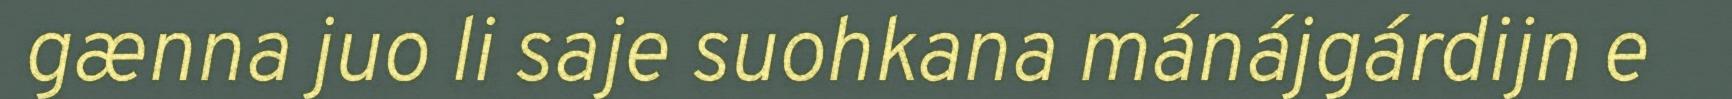
gænna juo li saje suohkana mánájgárdijn e